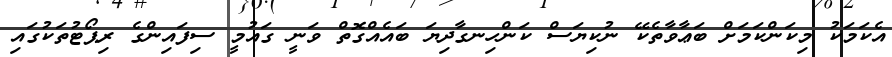
އެކަމަކު މިކަންކަމަށް ބަޢާވާތެކޭ ނުކިޔަސް ކަންހިނގާދިޔަ ބައެއްގޮތް ވަނީ ގައުމީ ސިފައިންގެ ރިޕޯޓުތަކުގައި